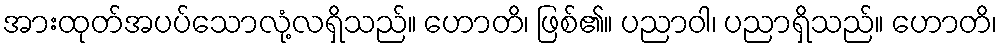
အားထုတ်အပပ်သောလုံ့လရှိသည်။ ဟောတိ၊ ဖြစ်၏။ ပညာဝါ၊ ပညာရှိသည်။ ဟောတိ၊